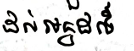
ដល់អ្នកដទៃ